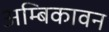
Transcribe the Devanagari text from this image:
अम्बिकावन